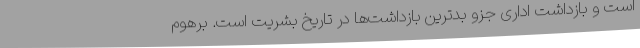
است و بازداشت اداری جزو بدترین بازداشت‌ها در تاریخ بشریت است. برهوم